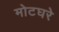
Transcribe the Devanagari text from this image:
मोटघरे